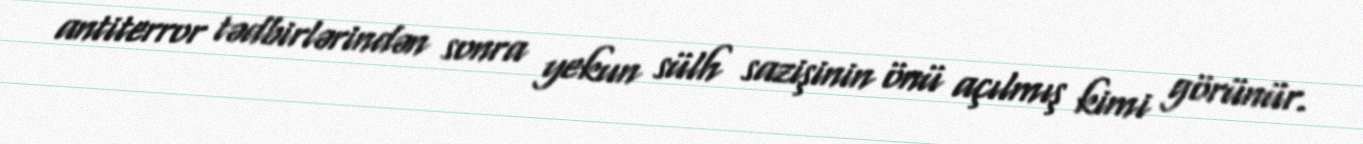
antiterror tədbirlərindən sonra yekun sülh sazişinin önü açılmış kimi görünür.